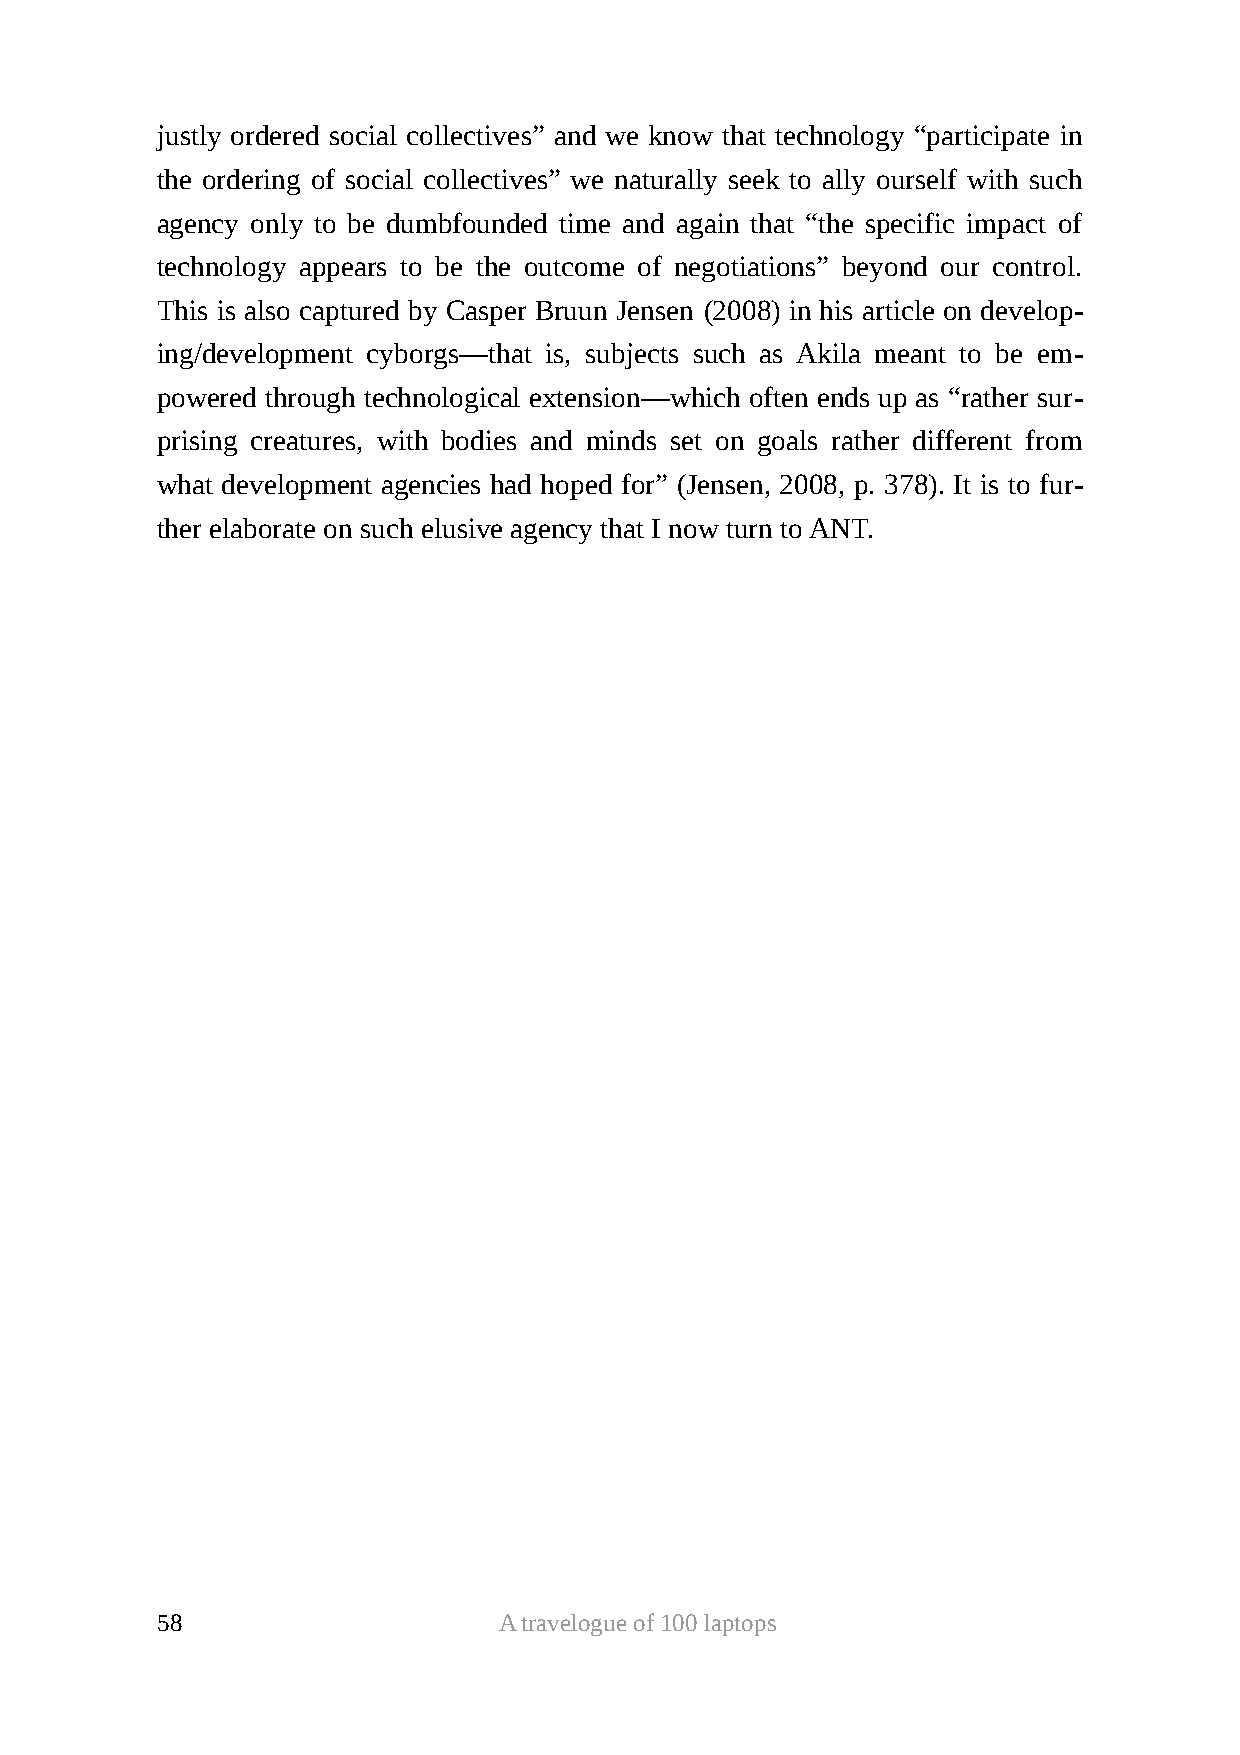
justly ordered social collectives” and we know that technology “participate in
 the ordering of social collectives” we naturally seek to ally ourself with such
 agency only to be dumbfounded time and again that “the specific impact of
 technology appears to be the outcome of negotiations” beyond our control.
 This is also captured by Casper Bruun Jensen (2008) in his article on develop-
 ing/development cyborgs—that is, subjects such as Akila meant to be em-
 powered through technological extension—which often ends up as “rather sur-
 prising creatures, with bodies and minds set on goals rather different from
 what development agencies had hoped for” (Jensen, 2008, p. 378). It is to fur-
 ther elaborate on such elusive agency that I now turn to ANT.
 58                     A travelogue of 100 laptops